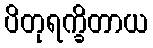
ပိတုရက္ခိတာယ